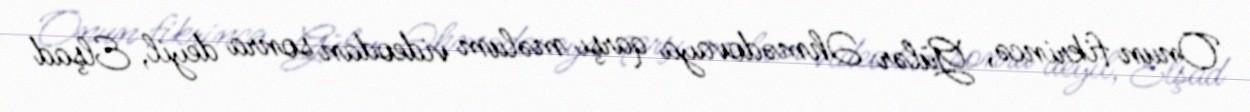
Onun fikrincə, Gülər Əhmədovaya qarşı məlum videodan sonra deyil, Elşad